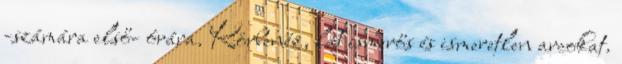
-számára első- órára. Körbenéz, lát ismerős és ismeretlen arcokat.